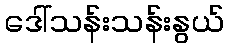
ဒေါ်သန်းသန်းနွယ်